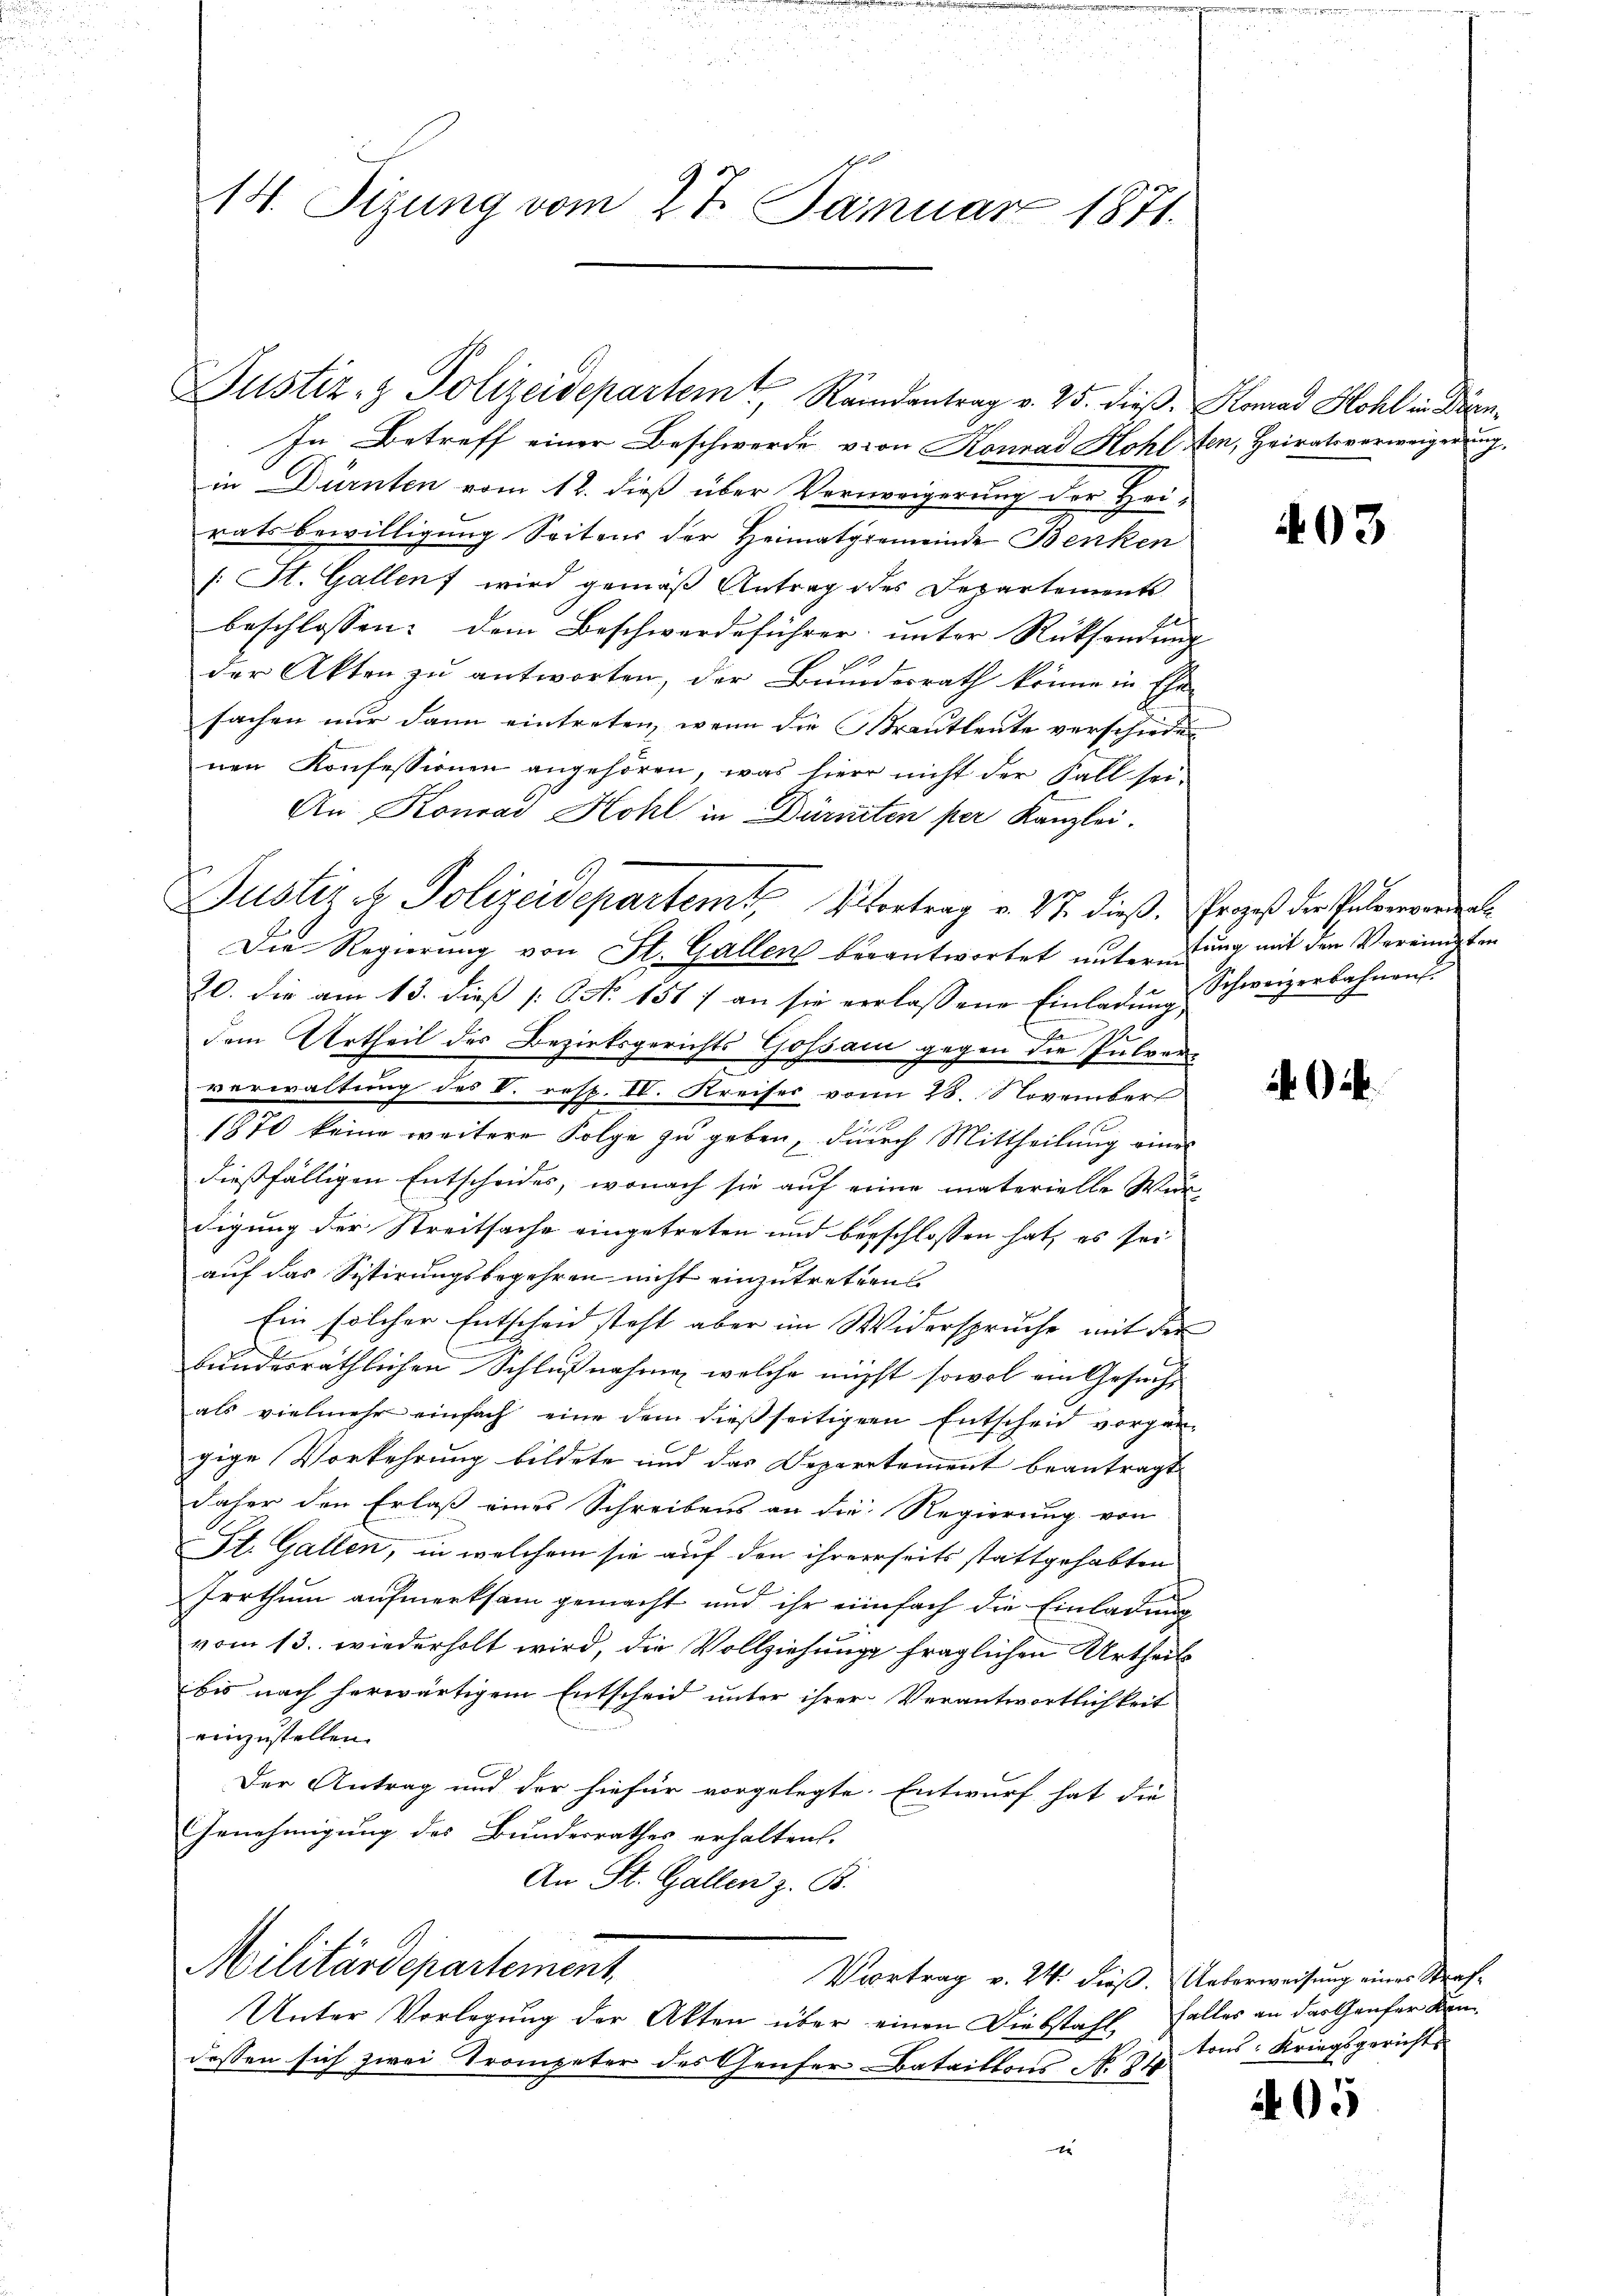
14. Sizung vom 27. Januar 1871.

Justiz- & Polizeidepartem Randantrag v. 25. dieß. Konrad Hohl in Dien¬
In Betreff einer Beschwerde, von Konrad Hohl fen, Heiratsverweigerung,
in Dürnten vom 12. dieß über Vervorigerung der Heiratsbewilligung Seitens der Heimatgemeinde Benken
/: St. Gallen wird gemäß Antrag des Departements
beschlossen: dem Beschwerdeführer unter Rücksendung
der Akten zu antworten, der Bundesrath könne in Ehe
sachen nur dann eintreten, wenn die Brautleute verschieden
nen Konfessionen angehören, was hiero nicht der Fall sei-
An Konrad Hohl in Dürnten per Kanzlei.
Die Regierung von St. Gallen verantwortet unterung mit den Vereinigten
20. die am 13. dieβ No. 1517 an sie verlassene Einladŭng Schweizerbahnens
dem Urtheil des Bezirksgerichts Gossam gegen die Pulver-
verwaltung des V. resp. IV. Kreises vom 28. November
1870 keine weitere Folge zu geben, durch Mittheilung eines
dießfälligen Entscheides, wonach sie auf eine materielle Wer-
digung der Streitsache eingetreten und beschlossen hat, es sei
auf das Sistirungsbegehren nicht einzutreten
Ein solcher Entscheid steht aber im Widerspruche mit der
bundesräthlichen Schlußnahme, welche nicht sowol ein Gesucht
als vielmehr einfach eine dem dießseitiger Entscheid vorgen-
gige Vorkehrung bildete und das Departement beantragt
daher den Erlaß eines Schreibens an die Regierung von
St. Gallen, in welchem sie auf den ihrerseits stattgehabten
Irrthum aufmerksam gemacht und ihr einfach die Einladung
vom 13. wiederholt wird, die Vollziehung fraglichen Urtheils
bis nach herwärtigem Entscheid unter ihrer Verantwortlichkeit
einzustellen.
Der Antrag und der hiefür vorgelegte Entwurf hat die
Genehmigung des Bundesrathes erhalten.
An St. Gallen z. B.
Militärdepartement
Vortrag v. 24. dieß. Ueberweisung eines Straf¬
Unter Vorlegung der Akten über einen Diebstahl, Falles an das Genfer Kandessen sich zwei Trompeter des Genfer Bataillons No. 340
x

Justizez Polizeidepartem Vortrag v. 17. dieß. Prozeß der Peter werden

403

tons Kriegsgericht

405